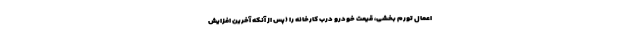
اعمال تورم بخشی، قیمت خودرو درب کارخانه را (پس از آنکه آخرین افزایش